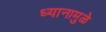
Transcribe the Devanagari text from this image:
ध्यानामुळे